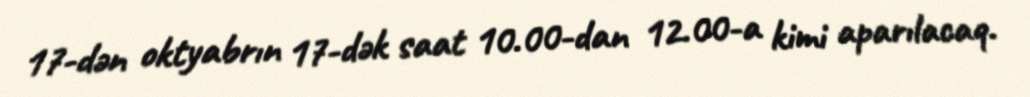
17-dən oktyabrın 17-dək saat 10.00-dan 12.00-a kimi aparılacaq.